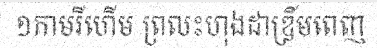
១កាមរីហើម ព្រលះហុងដាឌ្រីមពេញ